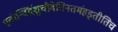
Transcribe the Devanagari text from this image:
एतोन्विंद्रंशुचीवेतिनतमंहइतीतिच